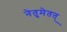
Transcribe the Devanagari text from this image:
नेतुमेतत्‌